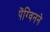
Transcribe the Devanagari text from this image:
पेंग्विनने